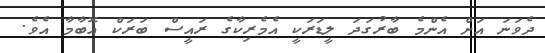
ދެވަނަ އަށް އެންމެ ބާރުގަދަ ލީޑަރަކީ އެމެރިކާގެ ރައީސް ބަރަކް އޮބާމާ އެވެ.